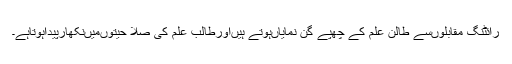
رائٹنگ مقابلوںسے طالن علم کے چھپے گن نمایاںہوتے ہیںاورطالب علم کی صلا حیتوںمیںنکھارپیداہوتاہے۔